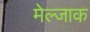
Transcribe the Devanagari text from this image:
मेल्जाक